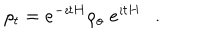
LaTeX: \rho _ { t } = e ^ { - \imath t H } \rho _ { o } \; e ^ { \imath t H } .